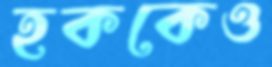
হককেও